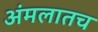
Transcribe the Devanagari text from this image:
अंमलातच